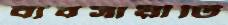
ব্যবসায়ীটি